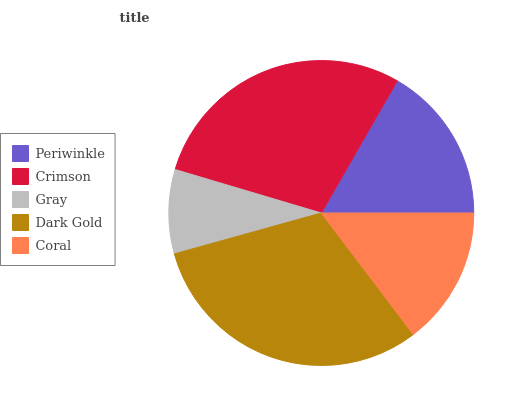
| Periwinkle | Crimson | Gray | Dark Gold | Coral |
 | --- | --- | --- | --- | --- |
 | 16.7% | 28.7% | 8.91% | 31% | 14.7% |